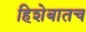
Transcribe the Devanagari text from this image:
हिशेबातच